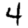
Digit: 4